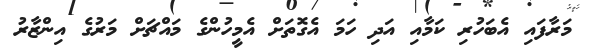
މަރާފައި އެބަހުރި ކަމާއި އަދި ހަމަ އެގޮތަށް އެމީހުންގެ މައްޗަށް މަރުގެ އިންޒާރު